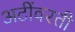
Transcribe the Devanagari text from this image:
अटींवरती